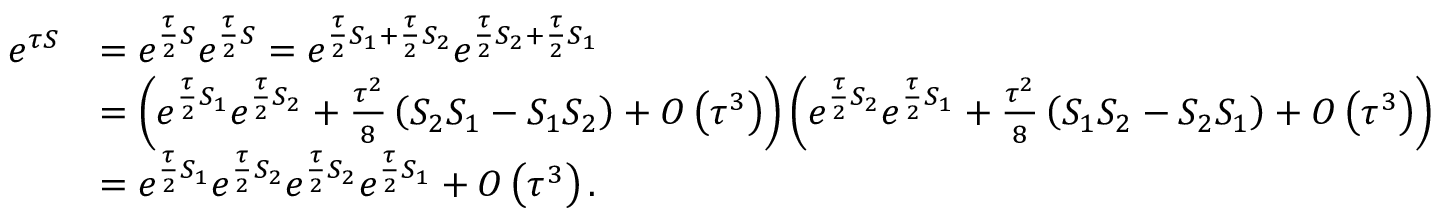
\begin{array} { r l } { e ^ { \tau S } } & { = e ^ { \frac { \tau } { 2 } S } e ^ { \frac { \tau } { 2 } S } = e ^ { \frac { \tau } { 2 } S _ { 1 } + \frac { \tau } { 2 } S _ { 2 } } e ^ { \frac { \tau } { 2 } S _ { 2 } + \frac { \tau } { 2 } S _ { 1 } } } \\ & { = \left( e ^ { \frac { \tau } { 2 } S _ { 1 } } e ^ { \frac { \tau } { 2 } S _ { 2 } } + \frac { \tau ^ { 2 } } { 8 } \left( S _ { 2 } S _ { 1 } - S _ { 1 } S _ { 2 } \right) + O \left( \tau ^ { 3 } \right) \right) \left( e ^ { \frac { \tau } { 2 } S _ { 2 } } e ^ { \frac { \tau } { 2 } S _ { 1 } } + \frac { \tau ^ { 2 } } { 8 } \left( S _ { 1 } S _ { 2 } - S _ { 2 } S _ { 1 } \right) + O \left( \tau ^ { 3 } \right) \right) } \\ & { = e ^ { \frac { \tau } { 2 } S _ { 1 } } e ^ { \frac { \tau } { 2 } S _ { 2 } } e ^ { \frac { \tau } { 2 } S _ { 2 } } e ^ { \frac { \tau } { 2 } S _ { 1 } } + O \left( \tau ^ { 3 } \right) . } \end{array}